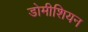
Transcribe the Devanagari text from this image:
डोमीशियन